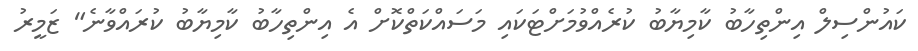
ކައުންސިލް އިންތިހާބު ކާމިޔާބު ކުރެއްވުމަށްޓަކައި މަސައްކަތްކޮށް އެ އިންތިހާބު ކާމިޔާބު ކުރައްވާނެ" ޒަމީރު